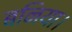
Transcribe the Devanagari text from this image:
बनिया।